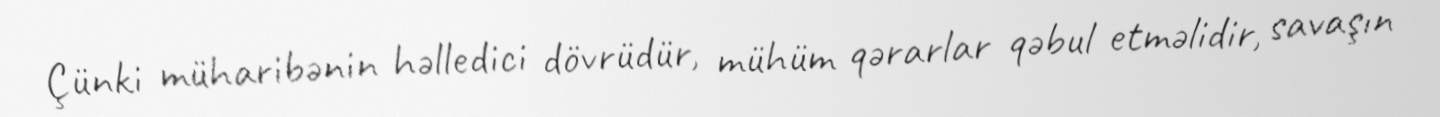
Çünki müharibənin həlledici dövrüdür, mühüm qərarlar qəbul etməlidir, savaşın